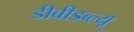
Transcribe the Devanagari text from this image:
डीबीडब्ल्यू